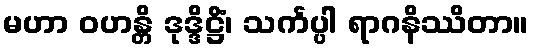
မဟာ ဝဟန္တိ ဒုဒ္ဒိဋ္ဌိံ၊ သင်္ကပ္ပါ ရာဂနိဿိတာ။